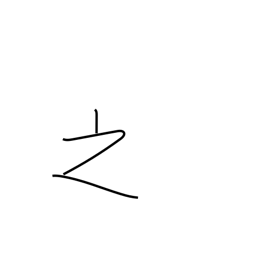
Meaning: of